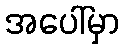
အပေါ်မှာ